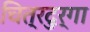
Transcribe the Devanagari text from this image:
चित्रदुर्गा